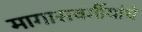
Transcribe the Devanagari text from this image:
मागासवर्गीयांचे